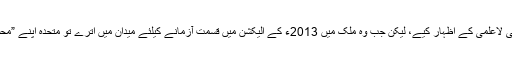
اقتدار کا حصہ بنایا، ان کی غلطیوں کوتاہیوں اور آج لگنے والے اعتراضات پر بھی لاعلمی کے اظہار کیے، لیکن جب وہ ملک میں 2013ء کے الیکشن میں قسمت آزمانے کیلئے میدان میں اُترے تو متحدہ اپنے ”محسن“ کیلئے دیدہ دل فرش راہ تو کجا روایتی خوش آمدید کہنے سے بھی گھبراگئی۔